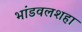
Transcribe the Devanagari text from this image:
भांडवलशहा